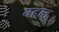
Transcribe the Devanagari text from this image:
वहल